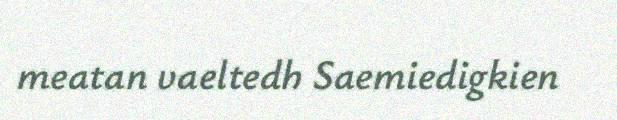
meatan vaeltedh Saemiedigkien